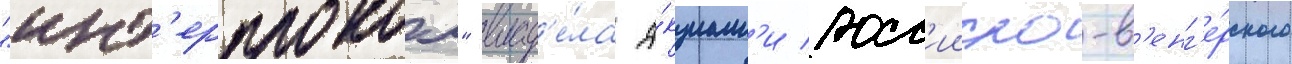
"инт'ерпроком" влад'е́ла а́кциам'и росс'ииско-в'енг'е́рского